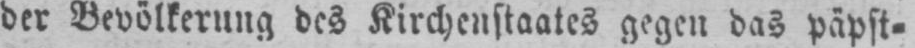
der Bevölkerung des Kirchenstaates gegen das päpst⸗